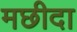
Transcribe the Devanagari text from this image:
मछीदा